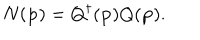
N ( { \bf p } ) = Q ^ { \dagger } ( { \bf p } ) Q ( { \bf p } ) .